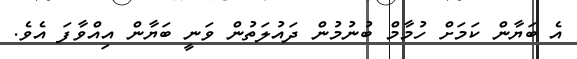
އެ ބަޔާން ކަމަށް ހުމާމް ބުނުމުން ދައުލަތުން ވަނީ ބަޔާން އިއްވާފަ އެވެ.